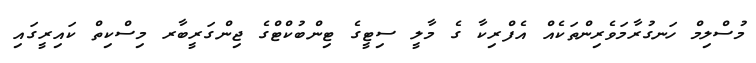
މުސްލިމް ހަނގުރާމަވެރިންތަކެއް އެފްރިކާ ގެ މާލީ ސިޓީގެ ޓިންބުކްޓްގެ ޖިންގަރީބާރ މިސްކިތް ކައިރީގައި